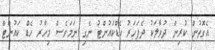
އެގޮތުން ކުރިން ދުވާލަކު ދެފަހަރު ހެޑްކައުންޓު ނެގި ނަމަވެސް މިހާރު ހެޑް ކައުންޓް